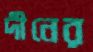
দীনের